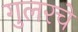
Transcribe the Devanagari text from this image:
गुलरचे